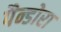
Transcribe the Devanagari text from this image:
पैन्डोरा